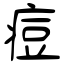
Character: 痘